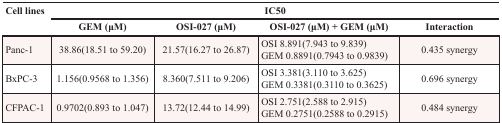
| Cell lines | <COLSPAN=4> IC50 |
 |  | GEM (μM) | OSI-027 (μM) | OSI-027 (μM) + GEM (μM) | Interaction |
 | --- | --- | --- | --- | --- |
 | Panc-1 | 38.86(18.51 to 59.20) | 21.57(16.27 to 26.87) | OSI 8.891(7.943 to 9.839)GEM 0.8891(0.7943 to 0.9839) | 0.435 synergy |
 | BxPC-3 | 1.156(0.9568 to 1.356) | 8.360(7.511 to 9.206) | OSI 3.381(3.110 to 3.625)GEM 0.3381(0.3110 to 0.3625) | 0.696 synergy |
 | CFPAC-1 | 0.9702(0.893 to 1.047) | 13.72(12.44 to 14.99) | OSI 2.751(2.588 to 2.915)GEM 0.2751(0.2588 to 0.2915) | 0.484 synergy |